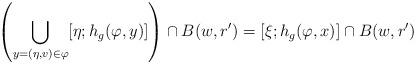
LaTeX: \begin{align*}\left(\bigcup_{y=(\eta,v)\in\varphi} [\eta;h_{g}(\varphi,y)]\right)\cap B(w,r') = [\xi;h_{g}(\varphi,x)]\cap B(w,r')\end{align*}